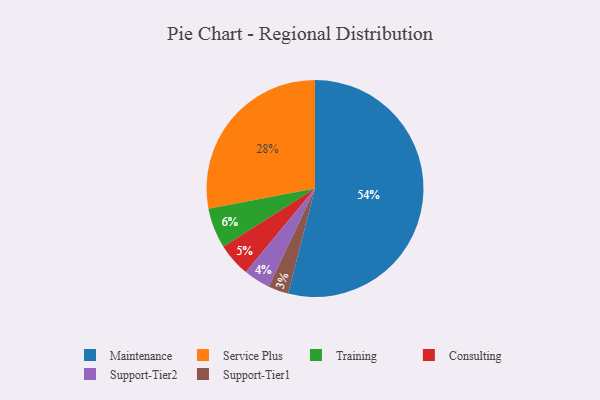
{"axis": {"x": "Category", "y": "Percentage"}, "legend": ["Consulting", "Maintenance", "Service Plus", "Support-Tier1", "Support-Tier2", "Training"], "data": [{"x": "Consulting", "y": 5, "type": "Consulting"}, {"x": "Support-Tier2", "y": 4, "type": "Support-Tier2"}, {"x": "Maintenance", "y": 54, "type": "Maintenance"}, {"x": "Support-Tier1", "y": 3, "type": "Support-Tier1"}, {"x": "Service Plus", "y": 28, "type": "Service Plus"}, {"x": "Training", "y": 6, "type": "Training"}]}